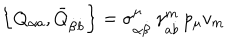
\left\{ Q _ { \alpha a } , \bar { Q } _ { \dot { \beta } \dot { b } } \right\} = \sigma _ { \alpha \dot { \beta } } ^ { \mu } \, \gamma _ { a \dot { b } } ^ { m } \, p _ { \mu } v _ { m }